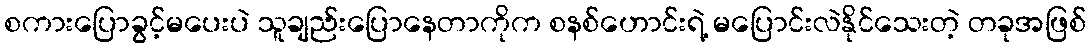
စကားပြောခွင့်မပေးပဲ သူချည်းပြောနေတာကိုက စနစ်ဟောင်းရဲ့ မပြောင်းလဲနိုင်သေးတဲ့ တခုအဖြစ်